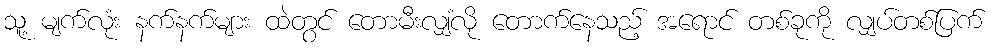
သူ့ မျက်လုံး နက်နက်များ ထဲတွင် တောမီးလျှံလို တောက်နေသည့် အရောင် တစ်ခုကို လျှပ်တစ်ပြက်